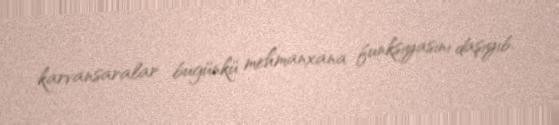
karvansaralar bugünkü mehmanxana funksiyasını daşıyıb.